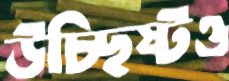
উচ্ছিষ্টও